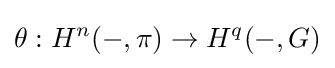
\theta :H^{n}(-,\pi )\to H^{q}(-,G)